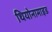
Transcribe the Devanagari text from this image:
थियोनामाइड